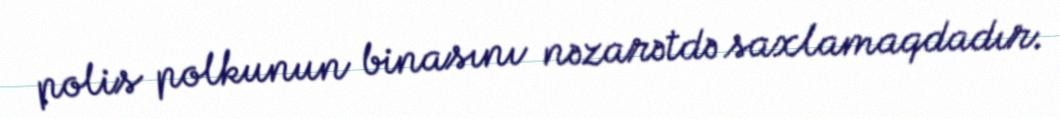
polis polkunun binasını nəzarətdə saxlamaqdadır.